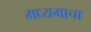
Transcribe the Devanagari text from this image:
मध्यमाचा